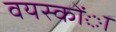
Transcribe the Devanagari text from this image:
वयस्कोंा